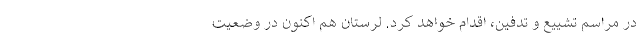
در مراسم تشییع و تدفین، اقدام خواهد کرد. لرستان هم اکنون در وضعیت